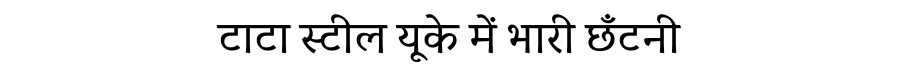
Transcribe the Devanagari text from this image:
टाटा स्टील यूके में भारी छँटनी